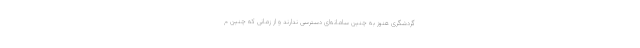
گردشگری هنوز به چنین سامانه‌ای دسترسی ندارند و از زمانی که چنین م